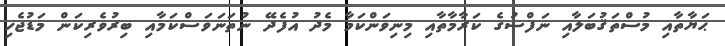
ޙަޔާތާއި މުސްތަޤުބަލާއި ނަފްސުގެ ކަރާމާތާއި މިނިވަންކަމާ މެދު އުފެދޭ ނުތަނަވަސްކަމާއި ބިރުވެރިކަން މަޑުޖެހި